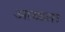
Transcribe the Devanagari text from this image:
आळता